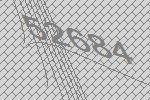
52684